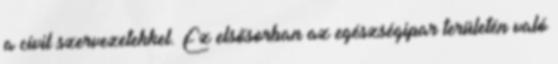
a civil szervezetekkel. Ez elsősorban az egészségipar területén való